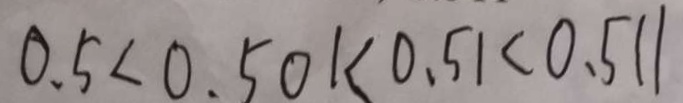
0 . 5 < 0 . 5 0 1 < 0 . 5 1 < 0 . 5 1 1